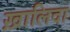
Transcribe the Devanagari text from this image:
ख़ालिदा